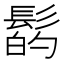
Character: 𩭲